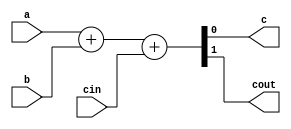

module fadd(
	input a
	,input b
	,input cin
	
	,output c
	,output cout
);


assign {cout, c} = a + b + cin;

endmodule